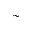
\sim